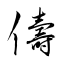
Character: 儔